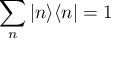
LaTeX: \sum _ { n } | n \rangle \langle n | = 1